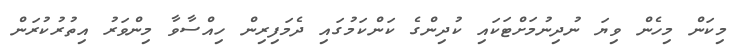
މިކަން މިހެން ވިޔަ ނުދިނުމަށްޓަކައި ކުދިންގެ ކަންކަމުގައި ދެމަފިރިން ހިއްސާވާ މިންވަރު އިތުރުކުރަން